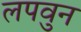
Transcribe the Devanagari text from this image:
लपवुन